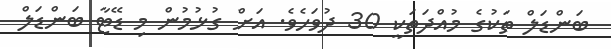
ބަންޑަލް ތަކުގެ މުއްދަތަކީ 30 ދުވަހެވެ. އަށް ގުޅުމުން މި ޑޭޓާ ބަންޑަލް